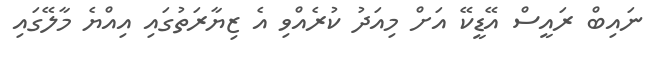
ނައިބް ރައީސް އޭޑީކޭ އަށް މިއަދު ކުރެއްވި އެ ޒިޔާރަތުގައި އިއްޔެ މާލޭގައި